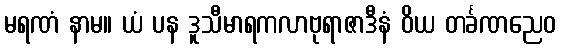
မရဏံ နာမ။ ယံ ပန ဒူသီမာရကလာဗုရာဇာဒီနံ ဝိယ တင်္ခဏညေဝ